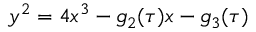
y ^ { 2 } = 4 x ^ { 3 } - g _ { 2 } ( \tau ) x - g _ { 3 } ( \tau )